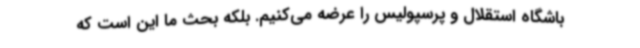
باشگاه استقلال و پرسپولیس را عرضه می‌کنیم. بلکه بحث ما این است که